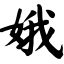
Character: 娥